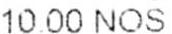
10.00 NOS